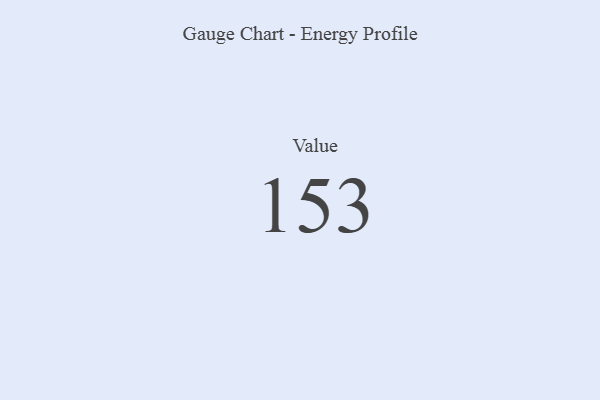
{"axis": {"x": "Metric", "y": "Value"}, "legend": [""], "data": [{"x": "Value", "y": 153, "type": ""}]}